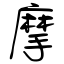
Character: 摩